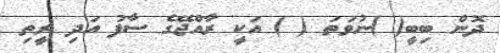
ދޮން ބިބީ( )ނުވަތަ ( ) އަކީ ރާއްޖޭގެ ސާފު އަދި ރީތި